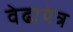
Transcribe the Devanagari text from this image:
वेढायंत्र